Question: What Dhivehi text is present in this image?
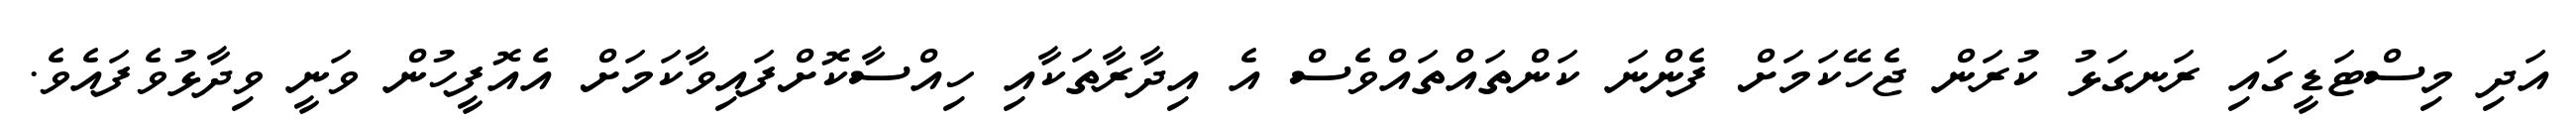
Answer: އަދި މިސްޓަޑީގައި ރަނގަޅު ކުރަން ޖެހޭކަމަށް ފެންނަ ކަންތައްތައްވެސް އެ އިދާރާތަކާއި ހިއްސާކޮށްފައިވާކަމަށް އެއޮފީހުން ވަނީ ވިދާޅުވެފައެވެ.